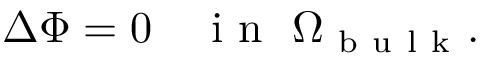
\Delta \Phi = 0 \quad \mathrm { ~ i ~ n ~ } \ \Omega _ { \mathrm { ~ b ~ u ~ l ~ k ~ } } .